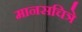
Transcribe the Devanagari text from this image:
मानसचित्रे